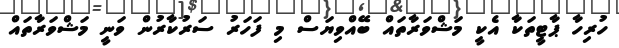
ހުރިހާ ޕާޓީތަކާ އެކީ މަޝްވަރާތައް ބޭއްވިޔަސް މި ފަހަރު ސަރުކާރުން ވަނީ މަޝްވަރާތައް